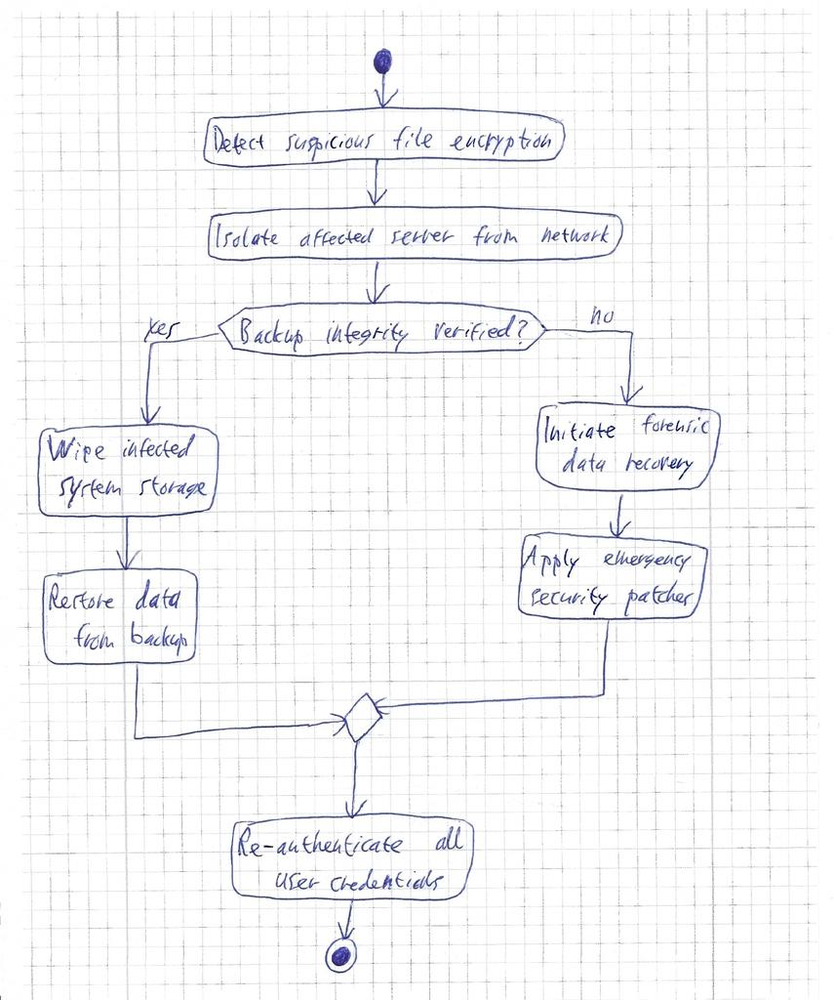
Diagram type: activity_diagram
```plantuml
@startuml

start

:Detect suspicious file encryption;
:Isolate affected server from network;

if (Backup integrity verified?) then (yes)
  :Wipe infected system storage;
  :Restore data from backup;
else (no)
  :Initiate forensic data recovery;
  :Apply emergency security patches;
endif

:Re-authenticate all user credentials;

stop

@enduml
```